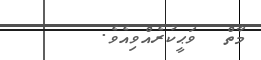
މާތް  ވަޙީކުރެއްވިއެވެ.